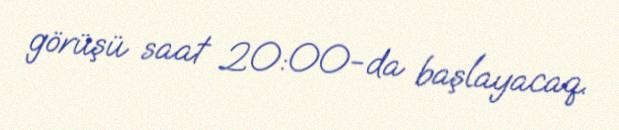
görüşü saat 20:00-da başlayacaq.